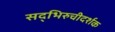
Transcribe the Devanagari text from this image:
सद्भिरुचीदर्शक